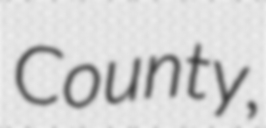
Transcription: County,